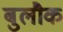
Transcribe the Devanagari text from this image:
बुलौक